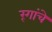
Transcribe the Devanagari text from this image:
र्ंगांचे